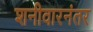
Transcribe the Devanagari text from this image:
शनीवारनंतर